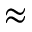
\approx